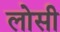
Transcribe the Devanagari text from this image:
लोसी